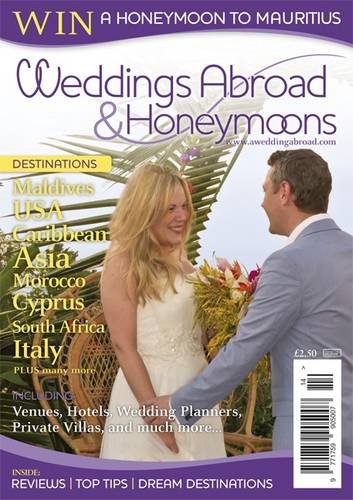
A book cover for Weddings Abroad & Honeymoons; Crafts, Hobbies & Home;